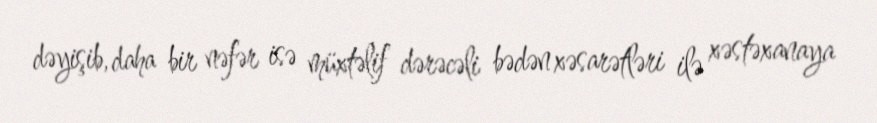
dəyişib, daha bir nəfər isə müxtəlif dərəcəli bədən xəsarətləri ilə xəstəxanaya